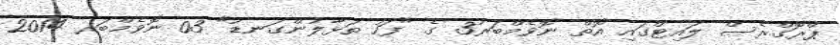
ޕްރޮގްރެސް ލައިޓްގައި އޮތް ނޮވެމްބަރު3 ގެ "ފަހު ތަޅާލުންގަނޑު" 03 ނޮވެމްބަރ 2014